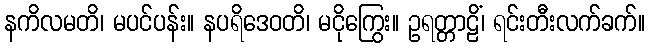
နကိလမတိ၊ မပင်ပန်း။ နပရိဒေဝတိ၊ မငိုကြွေး။ ဥရတ္တာဠိံ၊ ရင်းတီးလက်ခက်။